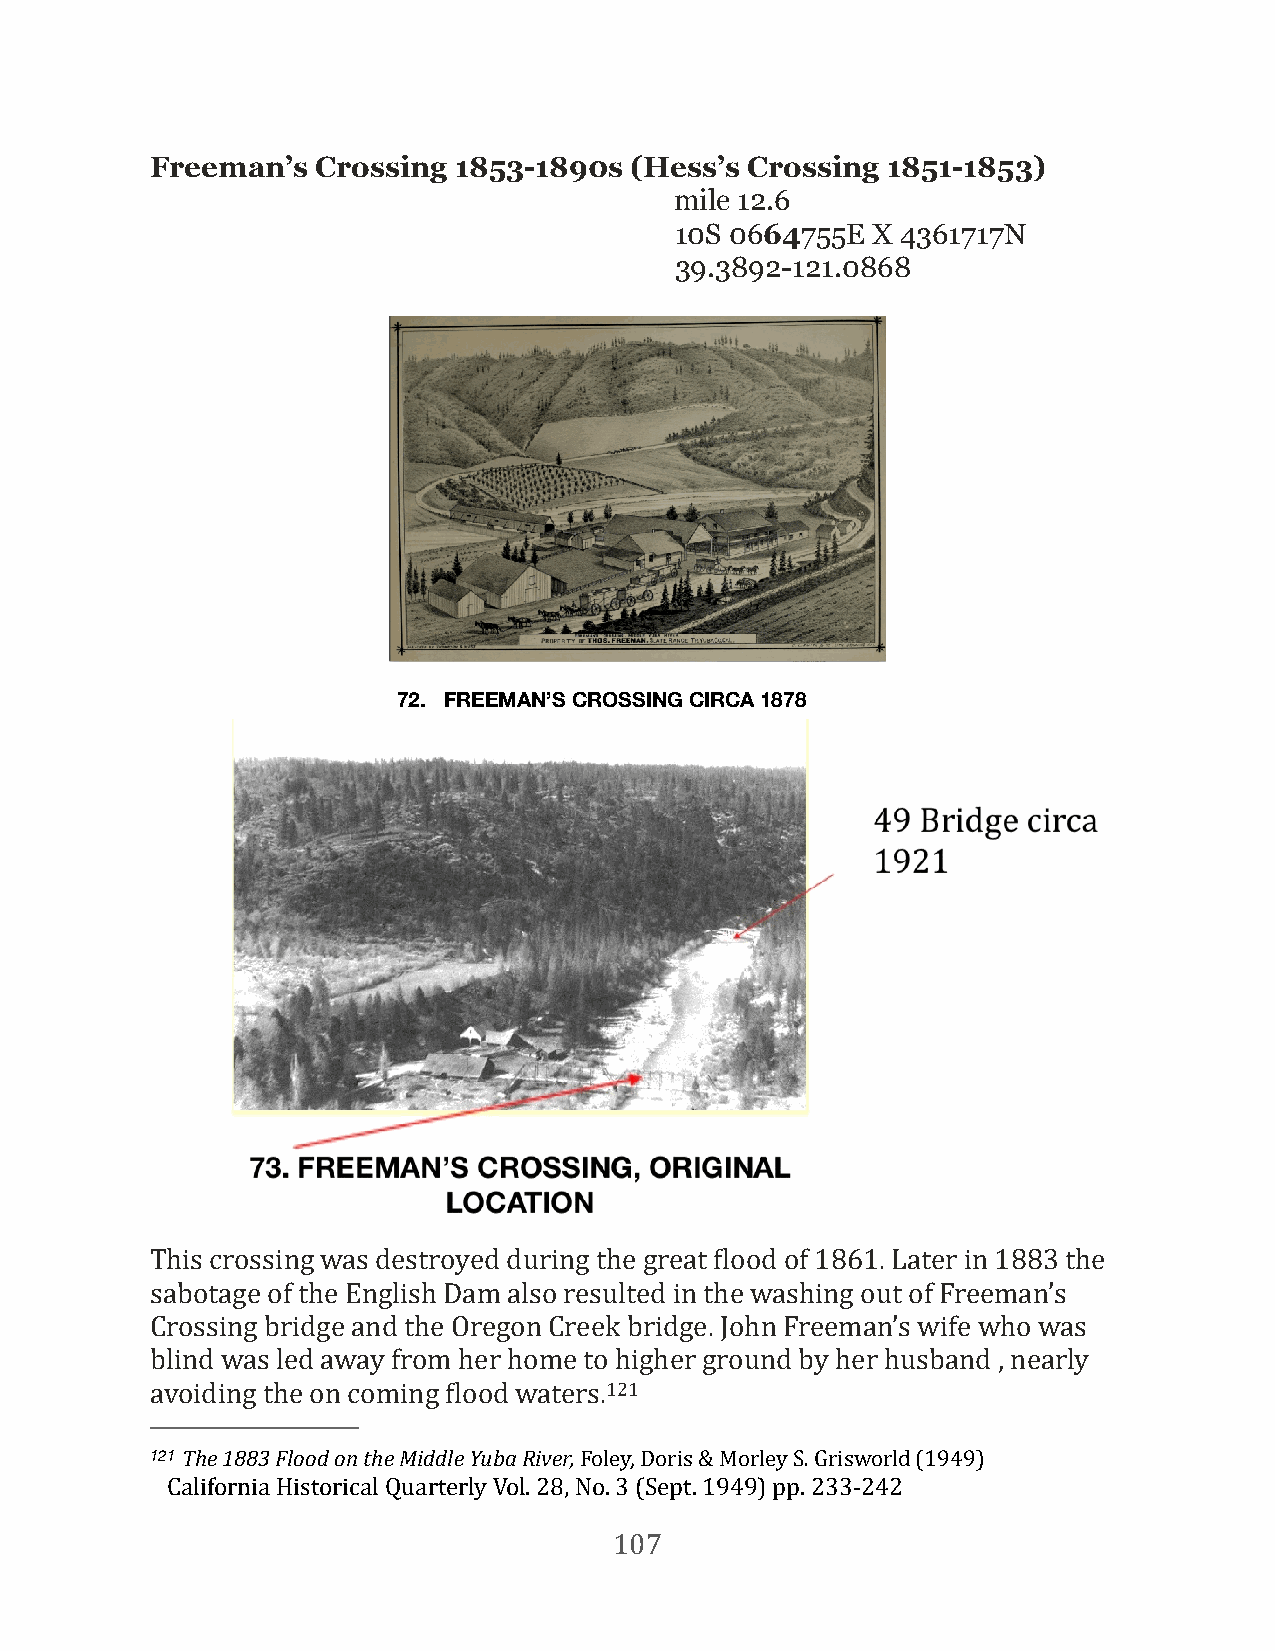
Freeman’s  Crossing 1853-1890s  (Hess’s Crossing 1851-1853)
 mile 12.6
 10S 0664755E X 4361717N
 39.3892-121.0868
 72. FREEMAN’S CROSSING CIRCA 1878
 This crossing was destroyed during the great Flood of 1861. Later in 1883 the
 sabotage of the English Dam also resulted in the washing out of Freeman’s
 Crossing bridge and the Oregon Creek bridge. John Freeman’s wife who was
 blind was led away from her home to higher ground by her husband , nearly
 avoiding the on coming Flood waters.121
 121 The 1883 Flood on the Middle Yuba River, Foley, Doris & Morley S. Grisworld (1949)
 California Historical Quarterly Vol. 28, No. 3 (Sept. 1949) pp. 233-242
 107